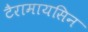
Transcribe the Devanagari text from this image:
टैरामायसिन